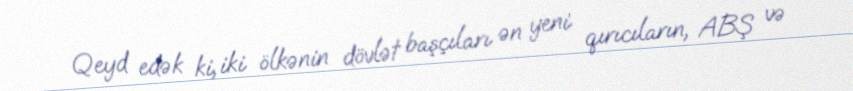
Qeyd edək ki, iki ölkənin dövlət başçıları ən yeni qırıcıların, ABŞ və